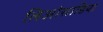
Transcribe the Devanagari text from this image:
लिओसाडिया